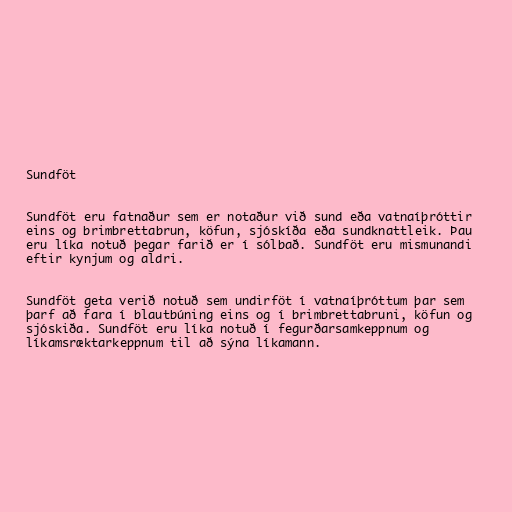
Sundföt

Sundföt eru fatnaður sem er notaður við sund eða vatnaíþróttir
eins og brimbrettabrun, köfun, sjóskíða eða sundknattleik. Þau
eru líka notuð þegar farið er í sólbað. Sundföt eru mismunandi
eftir kynjum og aldri.

Sundföt geta verið notuð sem undirföt í vatnaíþróttum þar sem
þarf að fara í blautbúning eins og í brimbrettabruni, köfun og
sjóskiða. Sundföt eru líka notuð í fegurðarsamkeppnum og
líkamsræktarkeppnum til að sýna líkamann.